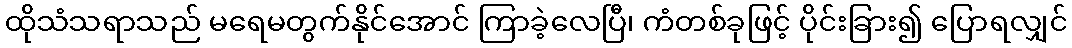
ထိုသံသရာသည် မရေမတွက်နိုင်အောင် ကြာခဲ့လေပြီ၊ ကံတစ်ခုဖြင့် ပိုင်းခြား၍ ပြောရလျှင်